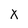
Character: X